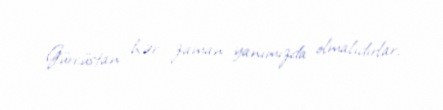
Gürcüstan hər zaman yanımızda olmalıdırlar.